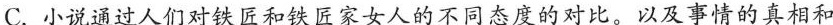
C.小说通过人们对铁匠和铁匠家女人的不同态度的对比。以及事情的真相和